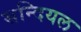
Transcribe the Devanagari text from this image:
सन्दियल